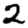
Digit: 2